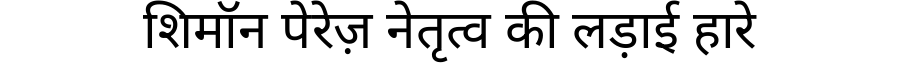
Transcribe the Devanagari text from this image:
शिमॉन पेरेज़ नेतृत्व की लड़ाई हारे